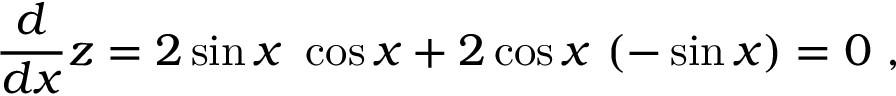
{ \frac { d } { d x } } z = 2 \sin x \ \cos x + 2 \cos x \ ( - \sin x ) = 0 \ ,